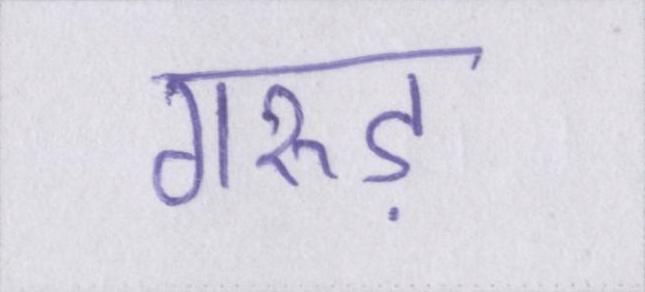
गरुड़